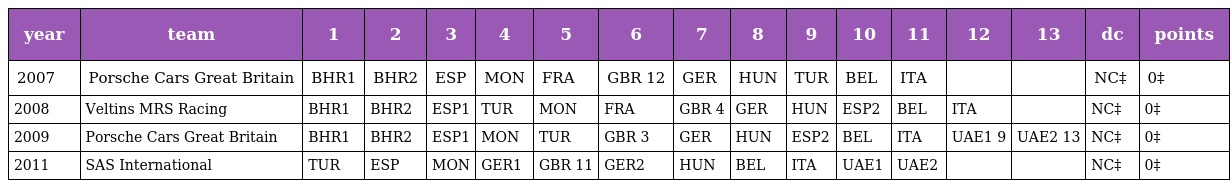
| year | team | 1 | 2 | 3 | 4 | 5 | 6 | 7 | 8 | 9 | 10 | 11 | 12 | 13 | dc | points |
 | --- | --- | --- | --- | --- | --- | --- | --- | --- | --- | --- | --- | --- | --- | --- | --- | --- |
 | 2007 | Porsche Cars Great Britain | BHR1 | BHR2 | ESP | MON | FRA | GBR 12 | GER | HUN | TUR | BEL | ITA |  |  | NC‡ | 0‡ |
 | 2008 | Veltins MRS Racing | BHR1 | BHR2 | ESP1 | TUR | MON | FRA | GBR 4 | GER | HUN | ESP2 | BEL | ITA |  | NC‡ | 0‡ |
 | 2009 | Porsche Cars Great Britain | BHR1 | BHR2 | ESP1 | MON | TUR | GBR 3 | GER | HUN | ESP2 | BEL | ITA | UAE1 9 | UAE2 13 | NC‡ | 0‡ |
 | 2011 | SAS International | TUR | ESP | MON | GER1 | GBR 11 | GER2 | HUN | BEL | ITA | UAE1 | UAE2 |  |  | NC‡ | 0‡ |